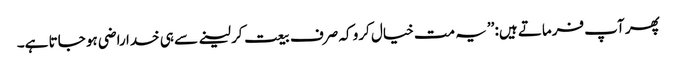
پھر آپ فرماتے ہیں: ’’یہ مت خیال کرو کہ صرف بیعت کر لینے سے ہی خدا راضی ہو جاتا ہے۔